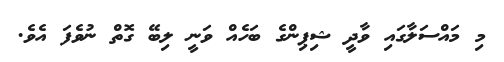
މި މައްސަލާގައި ވާދީ ޝިޕިންގެ ބަހެއް ވަނީ ލިބޭ ގޮތް ނުވެފަ އެވެ.